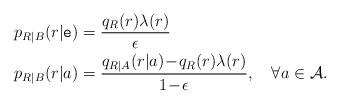
LaTeX: \begin{align*}p_{R|B}(r|\mathtt{e})&=\frac{q_R(r)\lambda(r)}{\epsilon}\\p_{R|B}(r|a)&=\frac{q_{R|A}(r|a)\!-\!q_{R}(r)\lambda(r)}{1\!-\!\epsilon}, \quad\forall a\in\mathcal{A}.\end{align*}